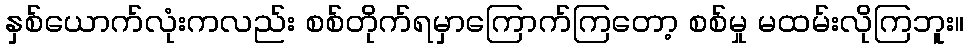
နှစ်ယောက်လုံးကလည်း စစ်တိုက်ရမှာကြောက်ကြတော့ စစ်မှု မထမ်းလိုကြဘူး။